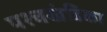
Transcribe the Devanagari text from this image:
पश्चखंडिका